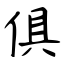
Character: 俱